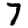
Digit: 7